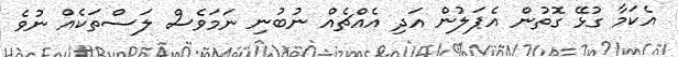
އެކަމާ ގުޅޭ ގޮތުން އެޕަލުން އަދި އެއްޗެއް ނުބުނި ނަމަވެސް ލަސްތަކެއް ނުވެ